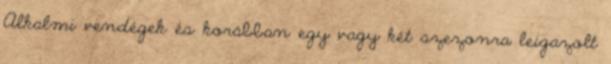
Alkalmi vendégek és korábban egy vagy két szezonra leigazolt